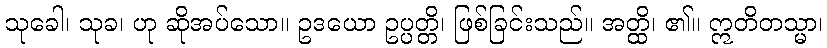
သုခေါ၊ သုခ၊ ဟု ဆိုအပ်သော။ ဥဒယော ဥပ္ပတ္တိ၊ ဖြစ်ခြင်းသည်။ အတ္ထိ၊ ၏။ ဣတိတသ္မာ၊